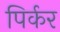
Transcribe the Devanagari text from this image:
पिर्कर